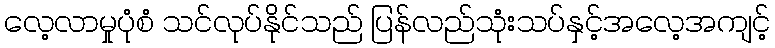
လေ့လာမှုပုံစံ သင်လုပ်နိုင်သည် ပြန်လည်သုံးသပ်နှင့်အလေ့အကျင့်